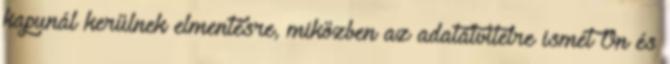
kapunál kerülnek elmentésre, miközben az adatátvitelre ismét Ön és